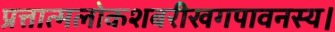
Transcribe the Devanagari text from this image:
प्रत्तात्मलोकशबरीखगपावनस्य।